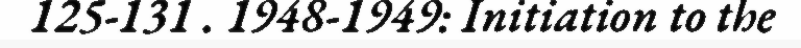
125-131 . 1948-1949: Initiation to the